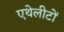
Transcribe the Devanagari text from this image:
एथेलीटों